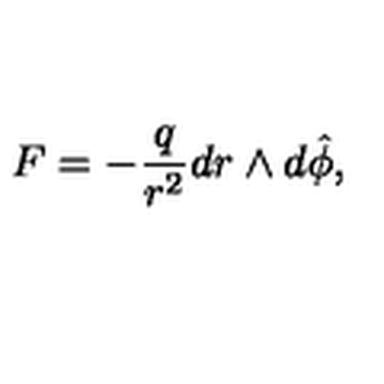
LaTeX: F = - \frac { q } { r ^ { 2 } } d r \wedge d \hat { \phi } ,